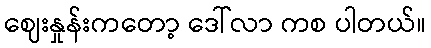
ဈေးနှုန်းကတော့ ဒေါ်လာ ကစ ပါတယ်။